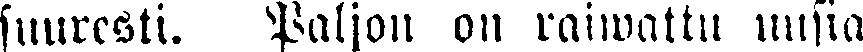
suuresti. Paljon on raiwattu uusia